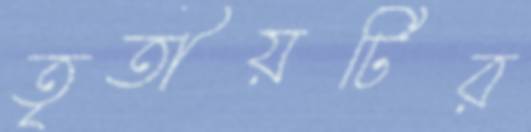
তৃতীয়টির